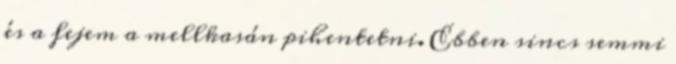
és a fejem a mellkasán pihentetni. Ebben sincs semmi